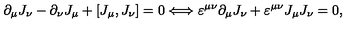
{ \partial } _ { \mu } J _ { \nu } - { \partial } _ { \nu } J _ { \mu } + [ J _ { \mu } , J _ { \nu } ] = 0 \Longleftrightarrow \varepsilon ^ { \mu \nu } { \partial } _ { \mu } J _ { \nu } + \varepsilon ^ { \mu \nu } J _ { \mu } J _ { \nu } = 0 ,